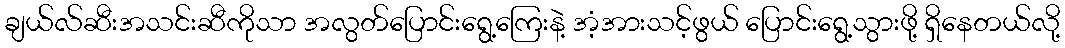
ချယ်လ်ဆီးအသင်းဆီကိုသာ အလွတ်ပြောင်းရွေ့ကြေးနဲ့ အံ့အားသင့်ဖွယ် ပြောင်းရွေ့သွားဖို့ ရှိနေတယ်လို့